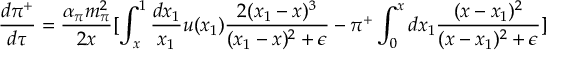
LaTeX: \frac { d \pi ^ { + } } { d \tau } = \frac { \alpha _ { \pi } m _ { \pi } ^ { 2 } } { 2 x } { [ \int _ { x } ^ { 1 } \frac { d x _ { 1 } } { x _ { 1 } } u ( x _ { 1 } ) \frac { 2 ( x _ { 1 } - x ) ^ { 3 } } { ( x _ { 1 } - x ) ^ { 2 } + \epsilon } - \pi ^ { + } \int _ { 0 } ^ { x } d x _ { 1 } \frac { ( x - x _ { 1 } ) ^ { 2 } } { ( x - x _ { 1 } ) ^ { 2 } + \epsilon } ] }